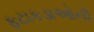
ફટાકડાઓની